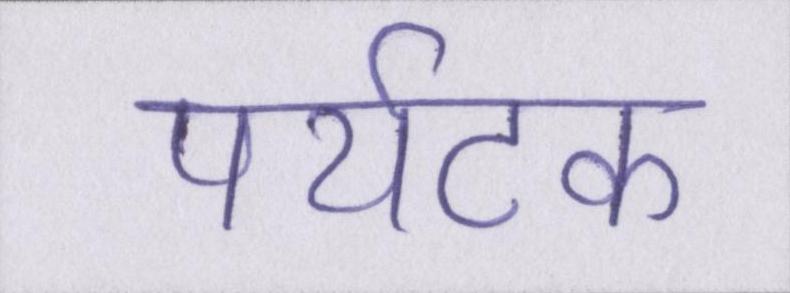
पर्यटक